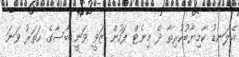
އެލަނޑު ކާމިޔާބުކުރިތާ ދެ މިނެޓް ފަހުން ޒަވީ ވަނީ ބާސާގެ ހަތަރު ވަނަ